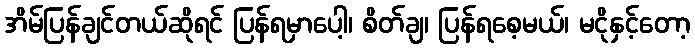
အိမ်ပြန်ချင်တယ်ဆိုရင် ပြန်ရမှာပေါ့၊ စိတ်ချ၊ ပြန်ရစေ့မယ်၊ မငိုနှင့်တော့